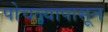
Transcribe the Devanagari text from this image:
पोचल्यापासून